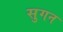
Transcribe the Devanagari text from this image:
सुगन